Lock hospitals Punjab
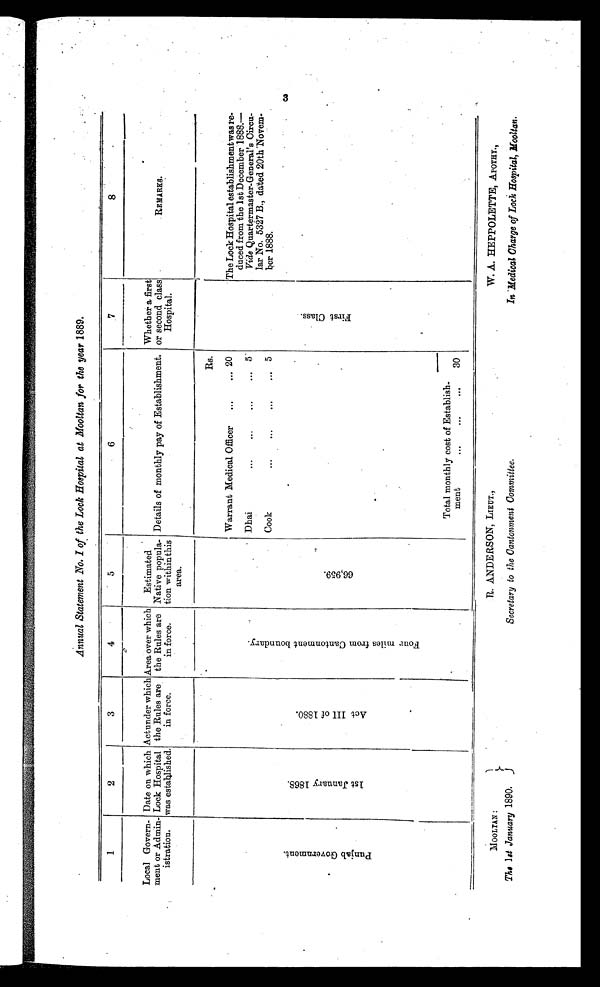
M O O L T A N :
The 1st January 1890.
R. ANDERSON, LIEUT.,
Secretary to the Cantonment Committee.
W. A. HEPPOLETTE, APOTHY.,
In Medical Charge of Lock Hospital, Mooltan.
Annual Statement No. I of the Lock Hospital at Mooltan for the year 1889.
1
2
3
4
5
6
7
8
Local Govern-
ment or Admin-
istration.
Date on which
Lock Hospital
was established.
Actunder which
the Rules are
in force.
Area over which
the Rules are
in force.
Estimated
Native popula-
tion within this
area.
Details of monthly pay of Establishment.
Whether a first
or second class
Hospital.
REMARKS.
P u n j a b G o v e r n m e n t .
1 s t J a n u a r y 1 8 6 8 .
A c t I I I o f 1 8 8 0 .
F o u r m i l e s f r o m C a n t o n m e n t b o u n d a r y .
6 6 , 9 5 9 .
Rs.
F i r s t C l a s s .
T h e L o c k H o s p i t a l e s t a b l i s h m e n t w a s
re-duced from the 1st December 1888.—
Vide Quartermaster-General's Circu-
lar No. 5327 B., dated 20th Novem-
ber 1888.
Warrant Medical Officer
...
20
Dhai
...
...
. . .
5
Cook
...
...
. . .
5
Total monthly cost of Establish-
ment
...
...
. . .
30
3